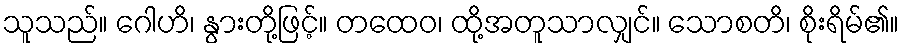
သူသည်။ ဂေါဟိ၊ နွားတို့ဖြင့်။ တထေဝ၊ ထို့အတူသာလျှင်။ သောစတိ၊ စိုးရိမ်၏။